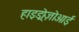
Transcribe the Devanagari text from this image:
हाइड्रोज़ोआई